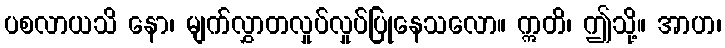
ပစလာယသိ နော၊ မျက်လွှာတလှုပ်လှုပ်ပြုနေသလော။ ဣတိ၊ ဤသို့။ အာဟ၊